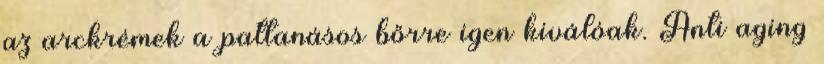
az arckrémek a pattanásos bőrre igen kiválóak. Anti aging